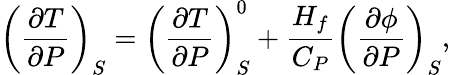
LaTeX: \left(\frac{\partial T}{\partial P}\right)_{S}=\left(\frac{\partial T}{\partial P}\right)_{S}^{0}+\frac{H_{f}}{C_{P}}\left(\frac{\partial\phi}{\partial P}\right)_{S},